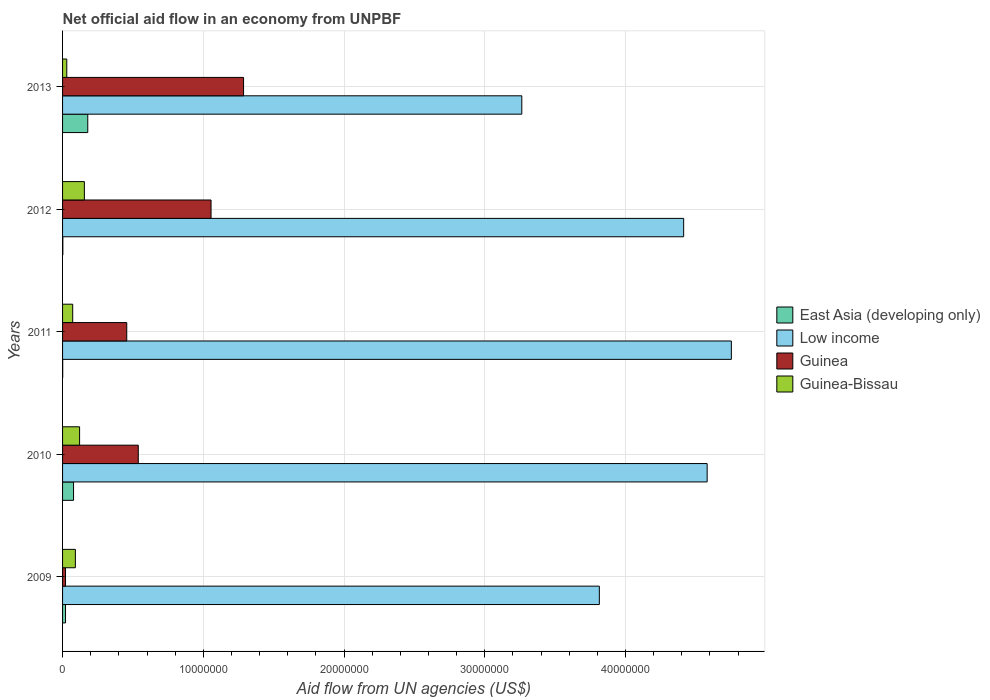
| Years | East Asia (developing only) | Low income | Guinea | Guinea-Bissau |
 | --- | --- | --- | --- | --- |
 | 2009 | 2.1e+05 | 3.81e+07 | 2.1e+05 | 9.1e+05 |
 | 2010 | 7.8e+05 | 4.58e+07 | 5.38e+06 | 1.21e+06 |
 | 2011 | 1e+04 | 4.75e+07 | 4.56e+06 | 7.2e+05 |
 | 2012 | 2e+04 | 4.41e+07 | 1.06e+07 | 1.55e+06 |
 | 2013 | 1.79e+06 | 3.26e+07 | 1.29e+07 | 3e+05 |